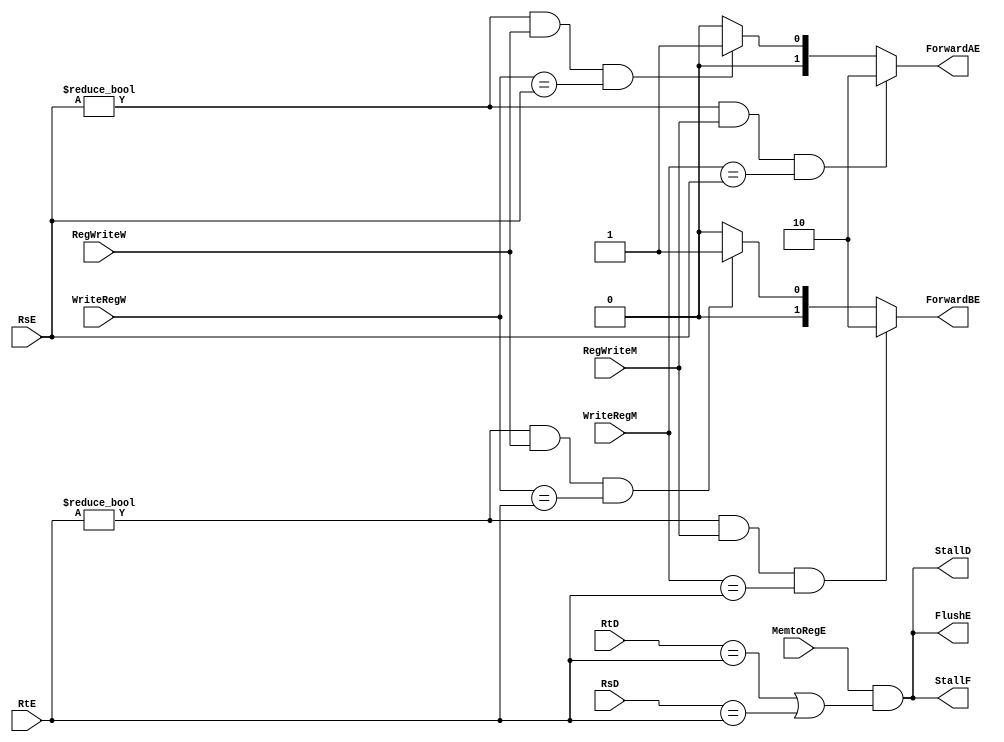
module Hazard_Unit(RsD,RtD,RsE,RtE,MemtoRegE,WriteRegM,RegWriteM,WriteRegW,RegWriteW,StallF,StallD,FlushE,ForwardAE,ForwardBE);
input [4:0] RsD;
input [4:0] RtD;
input [4:0] RsE;
input [4:0] RtE;
input MemtoRegE;
input [4:0] WriteRegM;
input RegWriteM;
input [4:0] WriteRegW;
input RegWriteW;
output StallF;
output StallD;
output FlushE;
output [1:0] ForwardAE;
output [1:0] ForwardBE;
assign StallF = (MemtoRegE && ((RtD == RtE) || (RsD == RtE)));
assign StallD = (MemtoRegE && ((RtD == RtE) || (RsD == RtE)));
assign FlushE = (MemtoRegE && ((RtD == RtE) || (RsD == RtE)));
assign ForwardAE = (((RsE != 0) && RegWriteM && (WriteRegM== RsE)) ? 2'b10 : (((RsE != 0) && RegWriteW && (WriteRegW == RsE)) ? 2'b01 : 2'b00));
assign ForwardBE = (((RtE != 0) && RegWriteM && (WriteRegM== RtE)) ? 2'b10 : (((RtE != 0) && RegWriteW && (WriteRegW == RtE)) ? 2'b01 : 2'b00));
endmodule